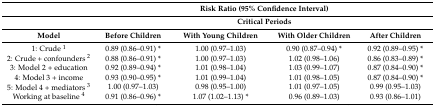
<table><thead><tr><td></td><td colspan="4"><b>Risk Ratio (95% Confidence Interval)</b></td></tr><tr><td></td><td colspan="4"><b>Critical Periods</b></td></tr><tr><td><b>Model</b></td><td><b>Before Children</b></td><td><b>With Young Children</b></td><td><b>With Older Children</b></td><td><b>After Children</b></td></tr></thead><tbody><tr><td>1: Crude <sup>1</sup></td><td>0.89 (0.86–0.91) *</td><td>1.00 (0.97–1.03)</td><td>0.90 (0.87–0.94) *</td><td>0.92 (0.89–0.95) *</td></tr><tr><td>2: Crude + confounders <sup>2</sup></td><td>0.88 (0.86–0.91) *</td><td>1.00 (0.97–1.03)</td><td>1.02 (0.98–1.06)</td><td>0.86 (0.83–0.89) *</td></tr><tr><td>3: Model 2 + education</td><td>0.92 (0.89–0.94) *</td><td>1.01 (0.98–1.04)</td><td>1.03 (0.99–1.07)</td><td>0.87 (0.84–0.90) *</td></tr><tr><td>4: Model 3 + income</td><td>0.93 (0.90–0.95) *</td><td>1.01 (0.99–1.04)</td><td>1.01 (0.98–1.05)</td><td>0.87 (0.84–0.90) *</td></tr><tr><td>5: Model 4 + mediators <sup>3</sup></td><td>1.00 (0.97–1.03)</td><td>0.98 (0.95–1.00)</td><td>1.01 (0.97–1.05)</td><td>0.99 (0.95–1.03)</td></tr><tr><td>Working at baseline <sup>4</sup></td><td>0.91 (0.86–0.96) *</td><td>1.07 (1.02–1.13) *</td><td>0.96 (0.89–1.03)</td><td>0.93 (0.86–1.01)</td></tr></tbody></table>